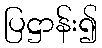
ပြဋ္ဌာန်း၍